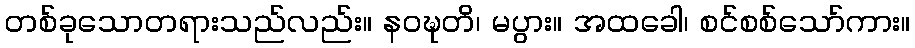
တစ်ခုသောတရားသည်လည်း။ နဝဍ္ဎတိ၊ မပွား။ အထခေါ၊ စင်စစ်သော်ကား။